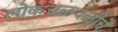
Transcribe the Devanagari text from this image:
लोकचळवळीचे